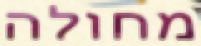
מחולה